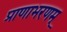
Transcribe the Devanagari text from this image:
प्राणाभरणम्‌